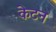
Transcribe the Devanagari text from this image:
केटन